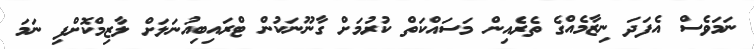
ނަމަވެސް އެފަދަ ނިޒާމެއްގެ ތެރެއިން މަސައްކަތް ކުރުމަށް ގާނޫނަކުން ޓްރައިބިއުނަލަށް ލާޒިމްކޮށްފި ނަމަ